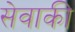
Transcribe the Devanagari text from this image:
सेवाकी